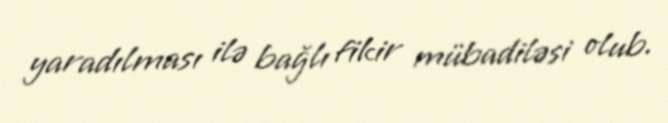
yaradılması ilə bağlı fikir mübadiləsi olub.